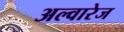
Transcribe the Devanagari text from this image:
अल्वारेज